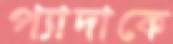
প্যাদাকে